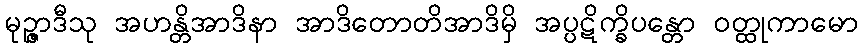
မုဉ္ဇာဒီသု အဟန္တိအာဒိနာ အာဒိတောတိအာဒိမှိ အပ္ပဋိက္ခိပန္တော ဝတ္ထုကာမော